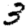
Digit: 3